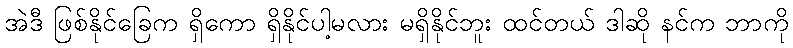
အဲဒီ ဖြစ်နိုင်ခြေက ရှိကော ရှိနိုင်ပါ့မလား မရှိနိုင်ဘူး ထင်တယ် ဒါဆို နင်က ဘာကို